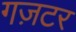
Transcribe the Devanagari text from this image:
गज़टर